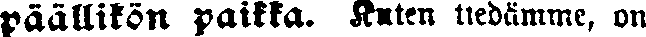
päällikön paikka. Kuten tiedämme, on